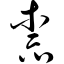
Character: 柰